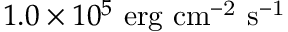
1 . 0 \times 1 0 ^ { 5 } \ \mathrm { e r g \ c m ^ { - 2 } \ s ^ { - 1 } }